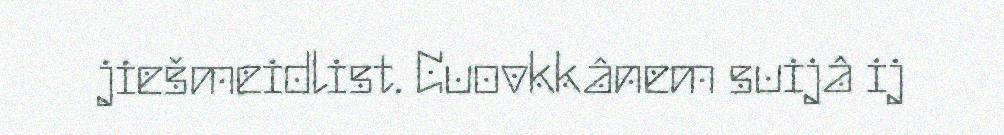
jiešmeidlist. Cuovkkânem suijâ ij